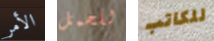
الأمر للحمل للكاتب